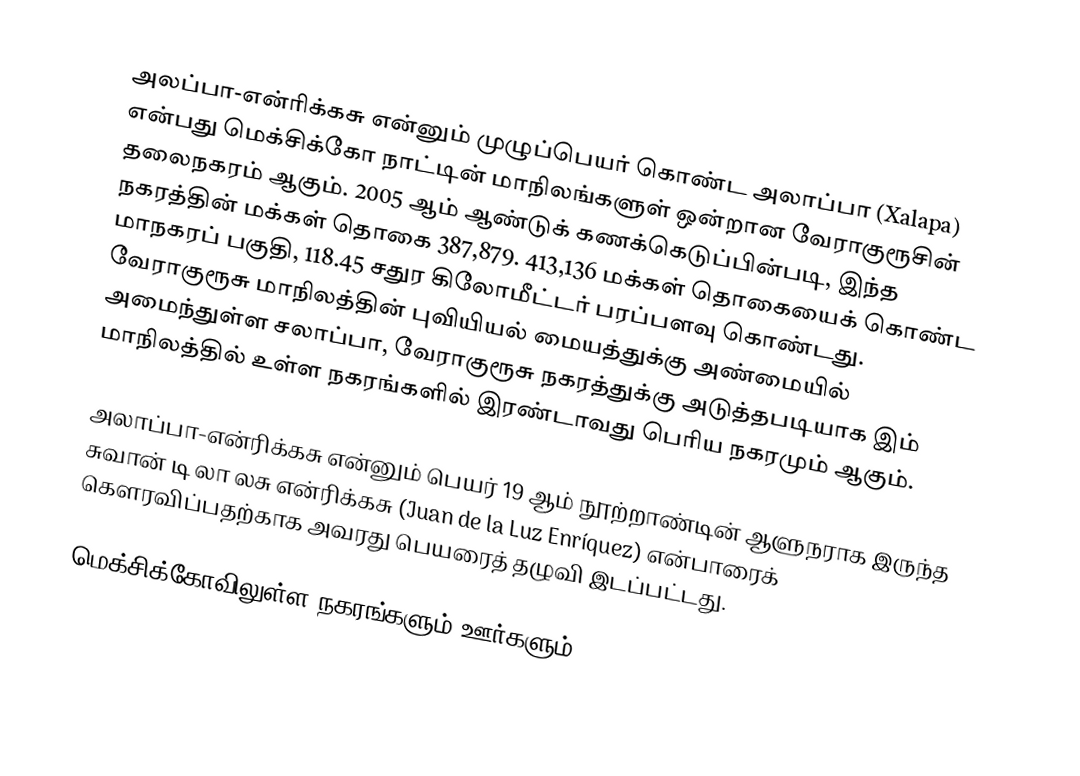
அலப்பா-என்ரிக்கசு என்னும் முழுப்பெயர் கொண்ட அலாப்பா (Xalapa) என்பது மெக்சிக்கோ நாட்டின் மாநிலங்களுள் ஒன்றான வேராகுரூசின் தலைநகரம் ஆகும். 2005 ஆம் ஆண்டுக் கணக்கெடுப்பின்படி, இந்த நகரத்தின் மக்கள் தொகை 387,879. 413,136 மக்கள் தொகையைக் கொண்ட மாநகரப் பகுதி, 118.45 சதுர கிலோமீட்டர் பரப்பளவு கொண்டது. வேராகுரூசு மாநிலத்தின் புவியியல் மையத்துக்கு அண்மையில் அமைந்துள்ள சலாப்பா, வேராகுரூசு நகரத்துக்கு அடுத்தபடியாக இம் மாநிலத்தில் உள்ள நகரங்களில் இரண்டாவது பெரிய நகரமும் ஆகும்.

அலாப்பா-என்ரிக்கசு என்னும் பெயர் 19 ஆம் நூற்றாண்டின் ஆளுநராக இருந்த சுவான் டி லா லசு என்ரிக்கசு (Juan de la Luz Enríquez) என்பாரைக் கௌரவிப்பதற்காக அவரது பெயரைத் தழுவி இடப்பட்டது.

மெக்சிக்கோவிலுள்ள நகரங்களும் ஊர்களும்